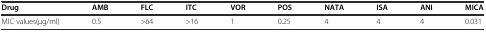
| Drug | AMB | FLC | ITC | VOR | POS | NATA | ISA | ANI | MICA |
 | --- | --- | --- | --- | --- | --- | --- | --- | --- | --- |
 | MIC values(μg/ml) | 0.5 | >64 | >16 | 1 | 0.25 | 4 | 4 | 4 | 0.031 |